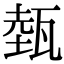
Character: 𤭝